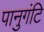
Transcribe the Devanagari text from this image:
पानुगंटि